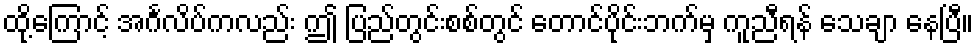
ထို့ကြောင့် အင်္ဂလိပ်ကလည်း ဤ ပြည်တွင်းစစ်တွင် တောင်ပိုင်းဘက်မှ ကူညီရန် သေချာ နေပြီ။